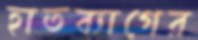
হাতব্যাগের